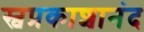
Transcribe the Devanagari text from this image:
स्वप्रकाशानंद